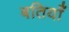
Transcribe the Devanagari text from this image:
बतियाँ